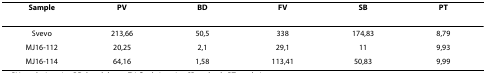
<table><thead><tr><td><b>Sample</b></td><td><b>PV</b></td><td><b>BD</b></td><td><b>FV</b></td><td><b>SB</b></td><td><b>PT</b></td></tr></thead><tbody><tr><td>Svevo</td><td>213,66</td><td>50,5</td><td>338</td><td>174,83</td><td>8,79</td></tr><tr><td>MJ16-112</td><td>20,25</td><td>2,1</td><td>29,1</td><td>11</td><td>9,93</td></tr><tr><td>MJ16-114</td><td>64,16</td><td>1,58</td><td>113,41</td><td>50,83</td><td>9,99</td></tr></tbody></table>